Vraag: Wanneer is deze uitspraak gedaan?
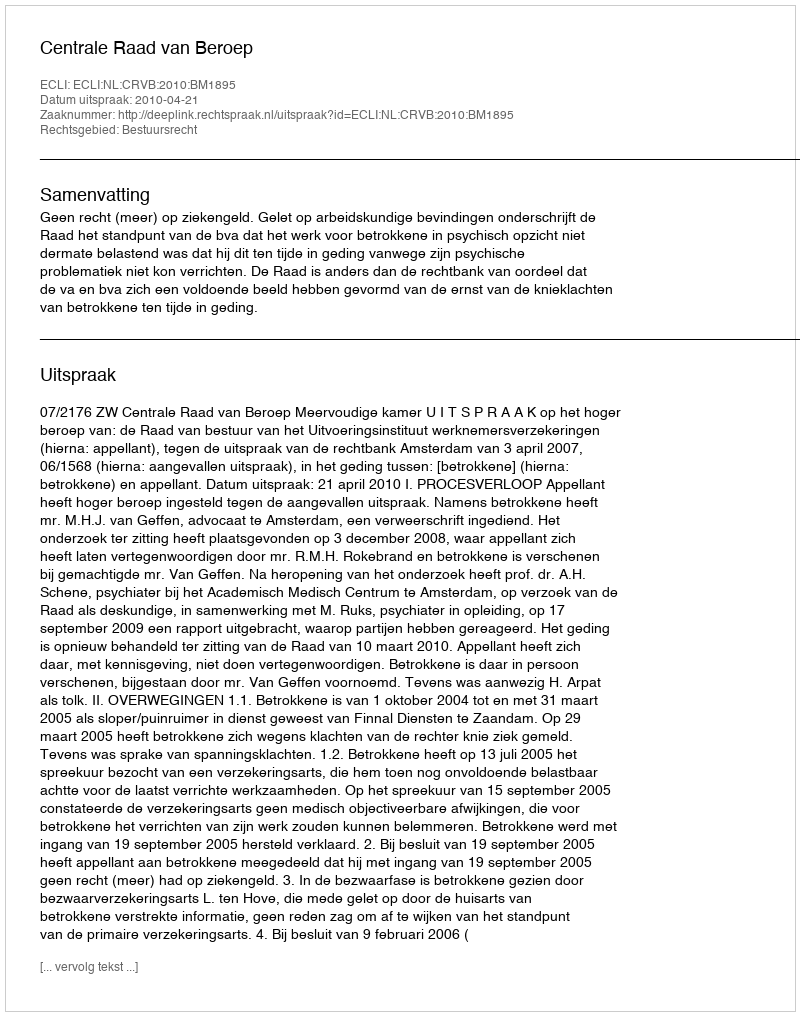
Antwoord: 2010-04-21